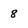
Character: 8